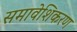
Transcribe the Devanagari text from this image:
समावेशिकरण